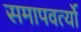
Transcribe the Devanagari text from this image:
समापवर्त्यो